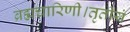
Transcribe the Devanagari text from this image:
ब्रह्मचारिणी।तृतीयं